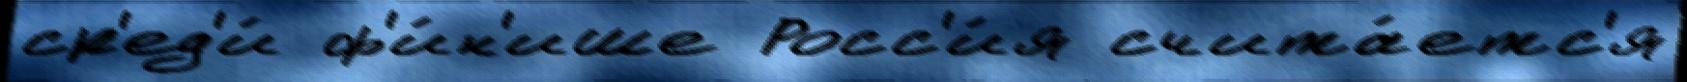
ср'ед'и́ ф'и́н'ише Росс'и́я счита́етс'я